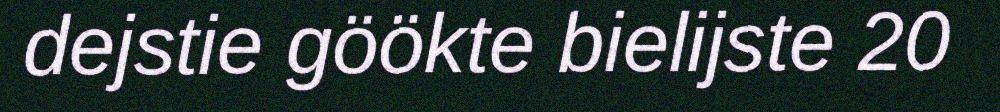
dejstie göökte bielijste 20